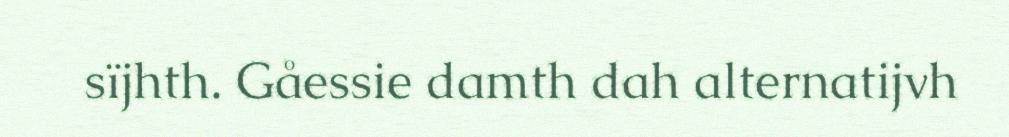
sïjhth. Gåessie damth dah alternatijvh